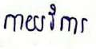
កាយវិការ